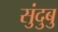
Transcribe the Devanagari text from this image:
सुंदुबु